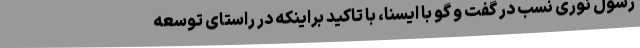
رسول نوری نسب در گفت و گو با ایسنا، با تاکید براینکه در راستای توسعه